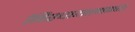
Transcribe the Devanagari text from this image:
निश्चायात्मकता